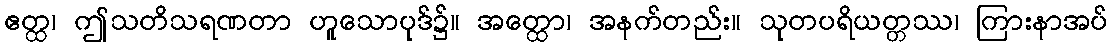
ဧတ္ထ၊ ဤသတိသရဏတာ ဟူသောပုဒ်၌။ အတ္ထော၊ အနက်တည်း။ သုတပရိယတ္တဿ၊ ကြားနာအပ်